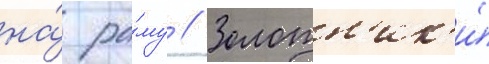
на́ ра́му // Золотн'ик'и́